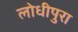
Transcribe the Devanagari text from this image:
लोधीपुरा